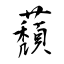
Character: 蘈